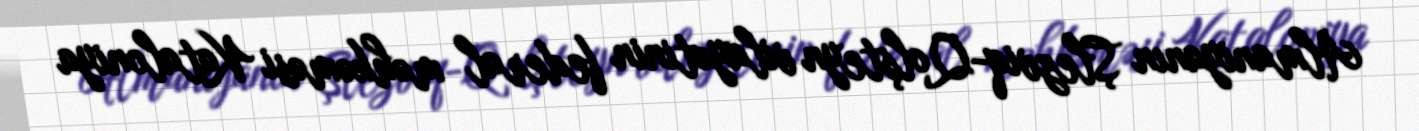
Almaniyanın Şlezviq-Qolşteyn vilayətinin federal məhkəməsi Kataloniya